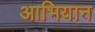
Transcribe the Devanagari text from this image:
आभियान